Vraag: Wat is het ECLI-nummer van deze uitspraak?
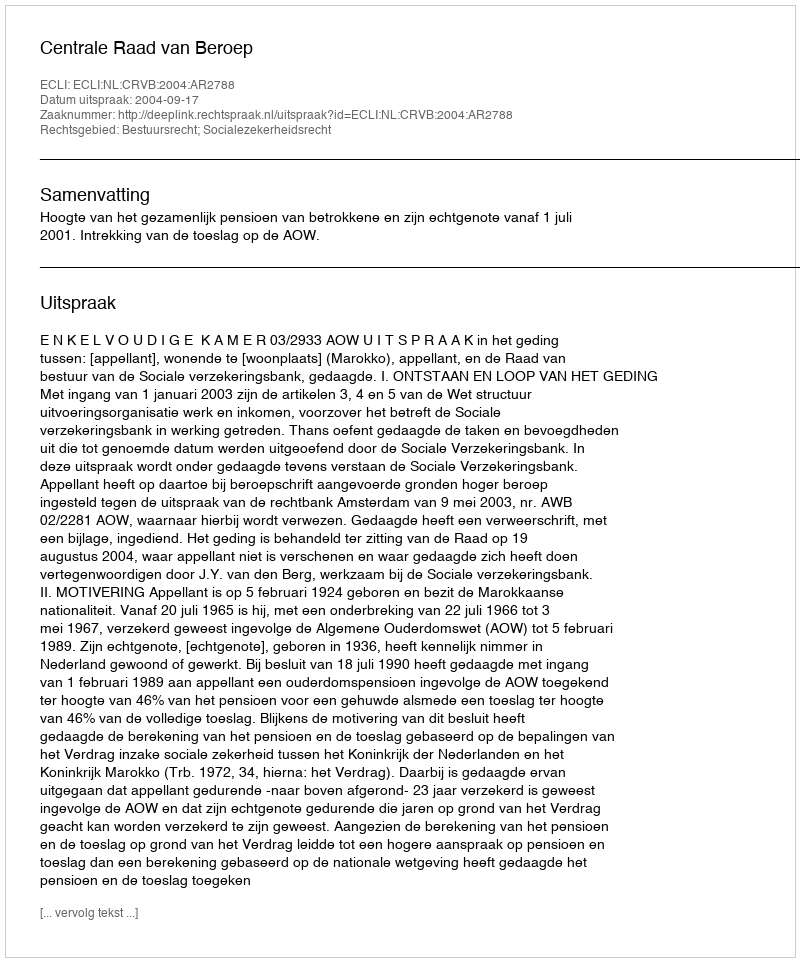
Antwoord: ECLI:NL:CRVB:2004:AR2788